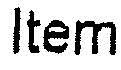
ITEM